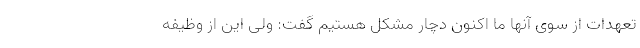
تعهدات از سوی آنها ما اکنون دچار مشکل هستیم گفت: ولی این از وظیفه